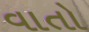
વાતો